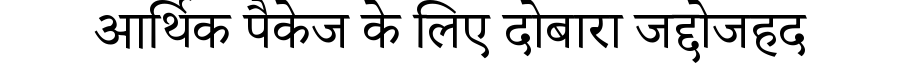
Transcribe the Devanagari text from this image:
आर्थिक पैकेज के लिए दोबारा जद्दोजहद